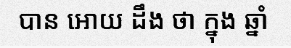
បាន អោយ ដឹង ថា ក្នុង ឆ្នាំ